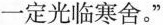
一定光临寒舍。”